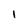
Character: 1